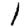
Digit: 1